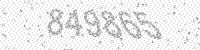
Solution: 849865